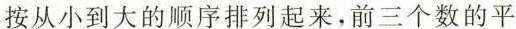
按从小到大的顺序排列起来，前三个数的平